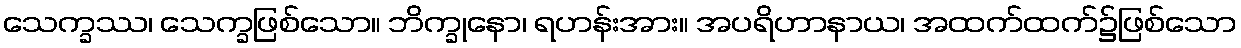
သေက္ခဿ၊ သေက္ခဖြစ်သော။ ဘိက္ခုနော၊ ရဟန်းအား။ အပရိဟာနာယ၊ အထက်ထက်၌ဖြစ်သော